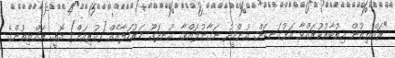
"ރައްޔިތުން އިތުބާރުކުރައްވާ އަޅުގަނޑަށް. އުންމީދު ނަގާނުލައްވާ. އުނދަގޫ މަރުހަލާއެއް [ކުރިއަށް] އޮތީ. ރައްޔިތުންގެ